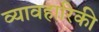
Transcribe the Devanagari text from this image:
व्यावहारिकी